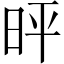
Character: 𪰓